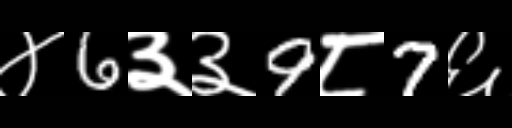
Text: ४6३३9८7६